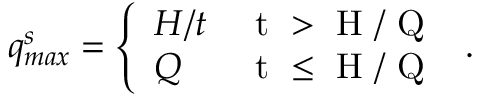
\begin{array} { r } { q _ { m a x } ^ { s } = \left\{ \begin{array} { l l } { H / t } & { \mathrm { ~ t ~ > ~ H ~ / ~ Q ~ } } \\ { Q } & { \mathrm { ~ t ~ \leq ~ H ~ / ~ Q ~ } } \end{array} \right. . } \end{array}